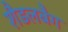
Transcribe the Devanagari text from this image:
शैडलबैग